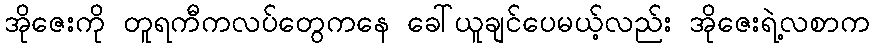
အိုဇေးကို တူရကီကလပ်တွေကနေ ခေါ်ယူချင်ပေမယ့်လည်း အိုဇေးရဲ့လစာက